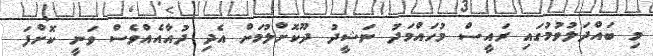
މި ބައްދަލުވުމުގައި ރައީސް މުހައްމަދު ނަޝީދު ދޫކޮށްލުމަށް އެދި ދުއާއެއްވެސް ވަނީ ކޮށްފަ